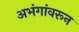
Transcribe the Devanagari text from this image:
अभंगांवरून